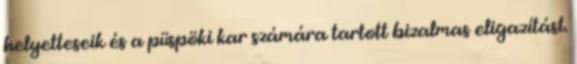
helyetteseik és a püspöki kar számára tartott bizalmas eligazítást.